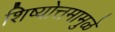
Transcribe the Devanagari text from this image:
शिष्योत्तमामुळे